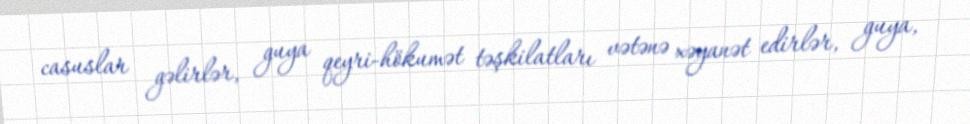
casuslar gəlirlər, guya qeyri-hökumət təşkilatları vətənə xəyanət edirlər, guya,